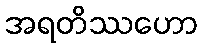
အရတိဿဟော